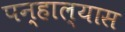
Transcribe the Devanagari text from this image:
पन्हाल्यास